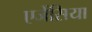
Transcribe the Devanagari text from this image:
एजेंसिया